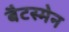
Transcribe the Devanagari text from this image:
बैटस्मेन